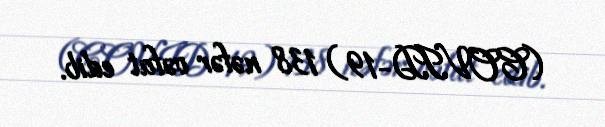
(COVID-19) 138 nəfər vəfat edib.